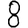
Digit: 8